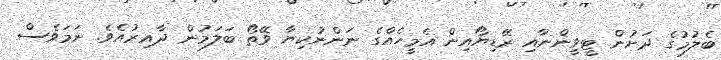
ބެލުމުގެ ދަށުން ޓީވީންނާއި ރޭޑިޔޯއިން އެމީހެއްގެ ނަންނުކިޔާ ވޭތޯ ބަލަމުން ދާއިރުއެވެ. ނަމަވެސް